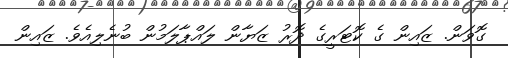
ގޮވަން. ޒައިން ގެ ކޮޓަރީގެ ދޮރު ޒަޔާން ލައްޕާލަމުން ބުނެލިއެވެ. ޒައިން